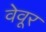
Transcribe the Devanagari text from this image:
वेवूर